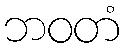
ဘဝတံ